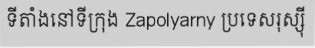
ទីតាំងនៅទីក្រុង Zapolyarny ប្រទេសរុស្ស៊ី